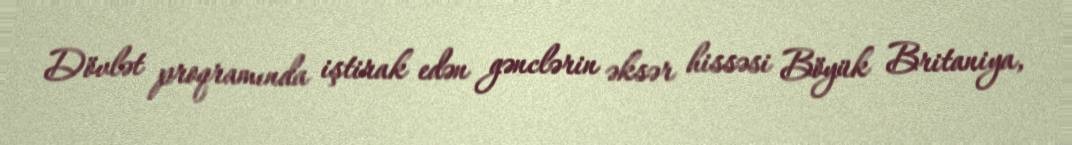
Dövlət proqramında iştirak edən gənclərin əksər hissəsi Böyük Britaniya,